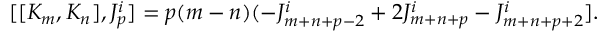
[ [ K _ { m } , K _ { n } ] , J _ { p } ^ { i } ] = p ( m - n ) ( - J _ { m + n + p - 2 } ^ { i } + 2 J _ { m + n + p } ^ { i } - J _ { m + n + p + 2 } ^ { i } ] .